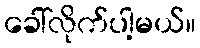
ခေါ်လိုက်ပါ့မယ်။